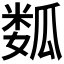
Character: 𱰆